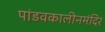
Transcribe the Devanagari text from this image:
पांडवकालीनमंदिर